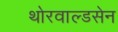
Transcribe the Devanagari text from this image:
थोरवाल्डसेन